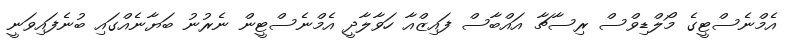
އެމްނެސްޓީގެ މޯލްޑިވްސް ރިސާޗާ އައްބާސް ފައިޒްއާ ހަވާލާދީ އެމްނެސްޓީން ނެރުނު ބަޔާނެއްގައި ބުނެފައިވަނީ